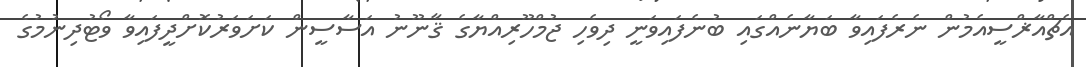
އެޗްއާޜްސީއެމުން ނެރެފައިވާ ބަޔާނެއްގައި ބުނެފައިވަނީ ދިވެހި ޖުމްހޫރިއްޔާގެ ޤާނޫނު އަސާސީން ކަށަވަރުކޮށްދީފައިވާ ވޯޓުދިނުމުގެ